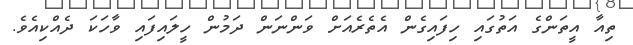
ތިއާ އީތަންގެ އަތުގައި ހިފައިގެން އެތެރެއަށް ވަންނަން ދަމުން ހީލައިފައި ވާހަކަ ދެއްކިއެވެ.